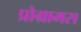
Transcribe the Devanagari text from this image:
प्रोग्रामस